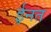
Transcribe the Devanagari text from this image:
ईनत